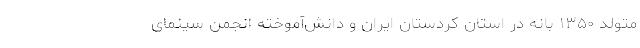
متولد ۱۳۵۰ بانه در استان کردستان ایران و دانش‌آموخته انجمن سینمای